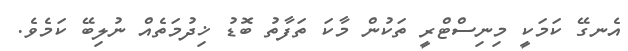
އެނގޭ ކަމަކީ މިނިސްޓްރީ ތަކުން މާކަ ތަފާތު ބޮޑު ޚިދުމަތެއް ނުލިބޭ ކަމެވެ.